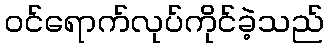
ဝင်ရောက်လုပ်ကိုင်ခဲ့သည်